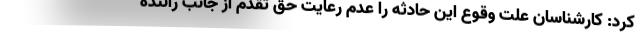
کرد: کارشناسان علت وقوع این حادثه را عدم رعایت حق تقدم از جانب راننده